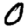
Digit: 0